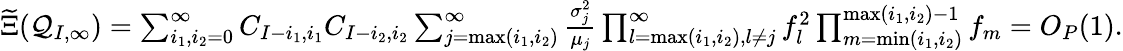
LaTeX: \begin{array}{r}{\widetilde\Xi(\mathcal{Q}_{I,\infty})=\sum_{i_{1},i_{2}=0}^{\infty}C_{I-i_{1},i_{1}}C_{I-i_{2},i_{2}}\sum_{j=\operatorname*{max}(i_{1},i_{2})}^{\infty}\frac{\sigma_{j}^{2}}{\mu_{j}}\prod_{l=\operatorname*{max}(i_{1},i_{2}),l\neq j}^{\infty}f_{l}^{2}\prod_{m=\operatorname*{min}(i_{1},i_{2})}^{\operatorname*{max}(i_{1},i_{2})-1}f_{m}=O_{P}(1).}\end{array}